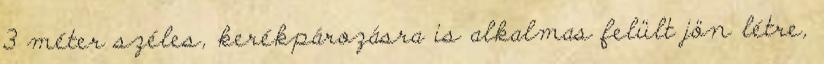
3 méter széles, kerékpározásra is alkalmas felült jön létre,